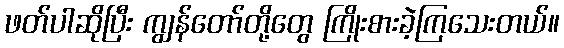
ဖတ်ပါဆိုပြီး ကျွန်တော်တို့တွေ ကြိုးစားခဲ့ကြသေးတယ်။